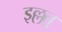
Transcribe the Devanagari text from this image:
इल्लतु